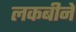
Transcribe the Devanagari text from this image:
लकबीने